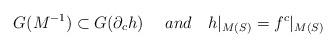
\begin{align*}G(M^{-1})\subset G(\partial_c h)\ \ \ \ and \ \ \ h|_{M(S)}=f^c|_{M(S)}\end{align*}